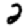
Digit: 2